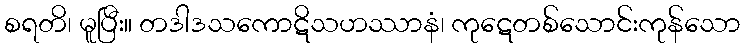
စရတိ၊ မူပြီး။ တဒါဒသကောဋိသဟဿာနံ၊ ကုဋေတစ်သောင်းကုန်သော